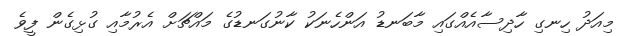
މިއަދު ހިނގި ހާދިސާއެއްގައި މާބަނޑު އަންހެނަކު ކާނުގަނޑުގެ މައްޗަށް އެރުމާއި ގުޅިގެން ފީވެ